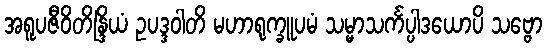
အရူပဇီဝိတိန္ဒြိယံ ဥပဒ္ဒဝါတိ မဟာရုက္ခူပမံ သမ္မာသင်္ကပ္ပါဒယောပိ သဗ္ဗော